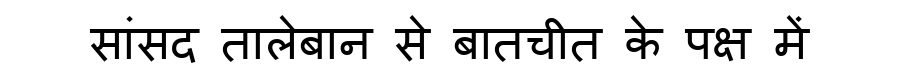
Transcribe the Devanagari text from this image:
सांसद तालेबान से बातचीत के पक्ष में